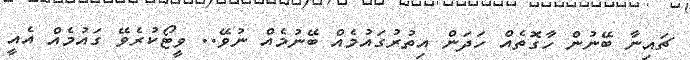
ޗައިނާ ބޭނުން ހާގޮތެއް ހަދަން އިތުރުގައުމެއް ބޭނުމެއް ނުވޭ.. ވީޓޯކުރެވޭ ގައުމެއް އެއީ